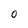
Character: 0